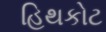
હિથકોટ